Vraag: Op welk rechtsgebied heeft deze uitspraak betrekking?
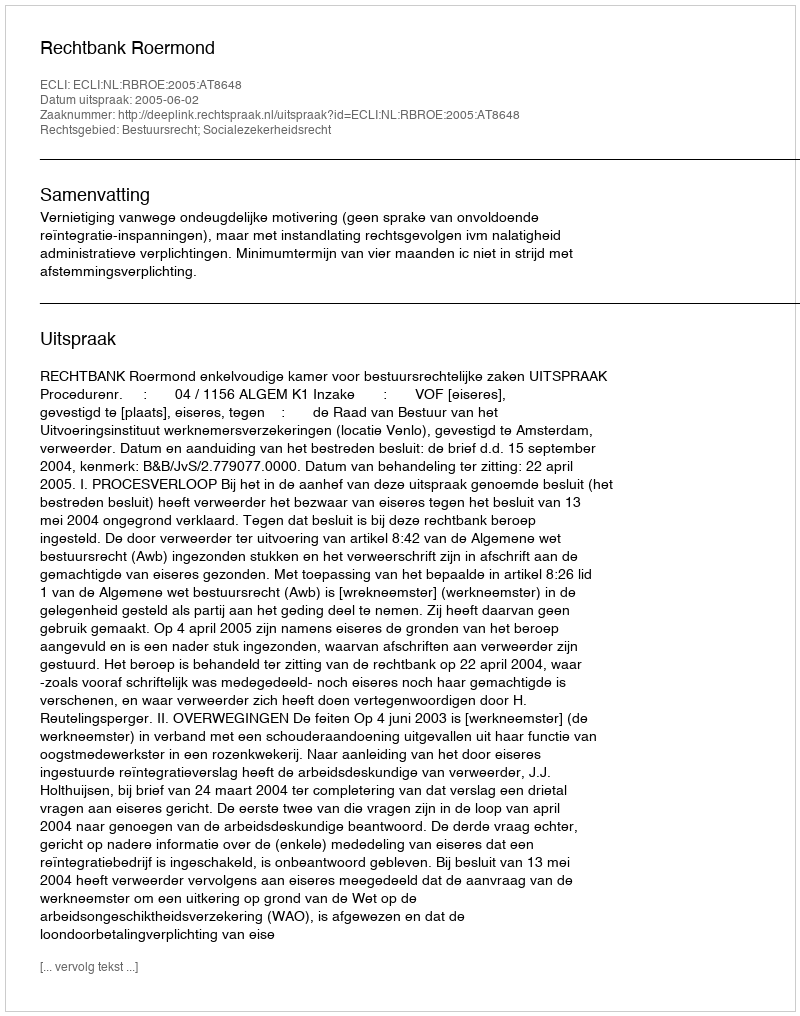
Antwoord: Bestuursrecht; Socialezekerheidsrecht